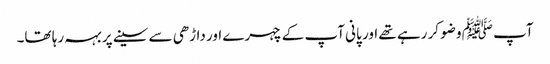
آپ ﷺ وضو کر رہے تھے اور پانی آپ کے چہرے اور داڑھی سے سینے پر بہہ رہا تھا۔